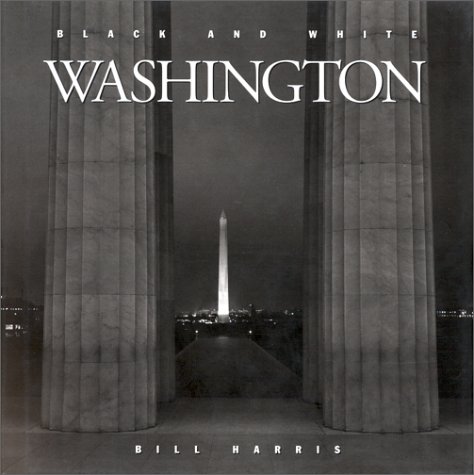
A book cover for Black and White Washington; Bill Harris; Arts & Photography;